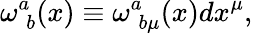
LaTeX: \omega_{\; b}^{a}(x)\equiv\omega_{\; b\mu}^{a}(x)dx^{\mu},